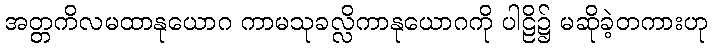
အတ္တကိလမထာနုယောဂ ကာမသုခလ္လိကာနုယောဂကို ပါဠိ၌ မဆိုခဲ့တကားဟု